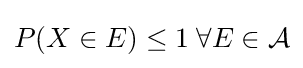
P(X\in E)\leq 1\;\forall E\in {\mathcal {A}}